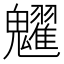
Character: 𩴹